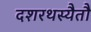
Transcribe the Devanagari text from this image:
दशरथस्यैतौ